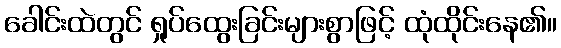
ခေါင်းထဲတွင် ရှုပ်ထွေးခြင်းများစွာဖြင့် ထုံထိုင်းနေ၏။